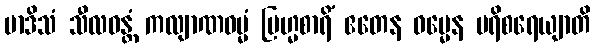
မာဒိသံ သီလဝန္တံ ကလျာဏဓမ္မံ ဗြဟ္မစာရိံ ဧတေန ဓမ္မေန ပရိစရေယျာတိ